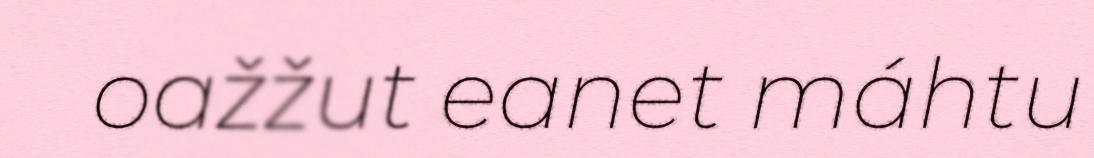
oažžut eanet máhtu